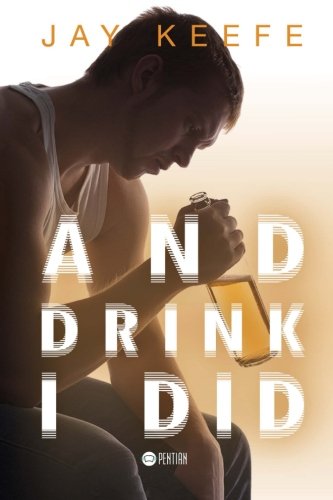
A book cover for And Drink I Did; Jay Keefe; Health, Fitness & Dieting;